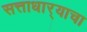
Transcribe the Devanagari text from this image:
सत्ताधार्‍याचा